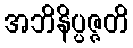
အဘိနိပ္ပဇ္ဇတိ